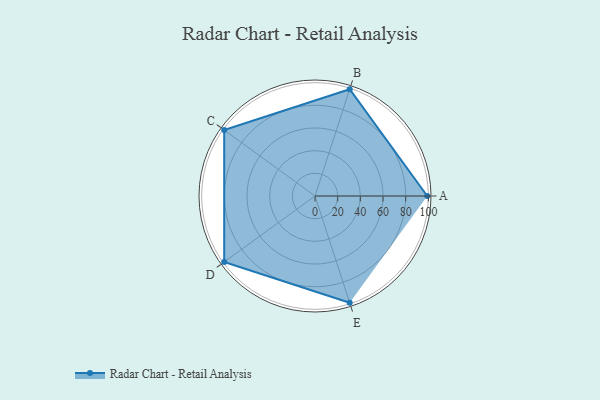
{"axis": {"x": "Skill", "y": "Score"}, "legend": ["Profile"], "data": [{"x": "A", "y": 99, "type": "Profile"}, {"x": "B", "y": 99, "type": "Profile"}, {"x": "C", "y": 99, "type": "Profile"}, {"x": "D", "y": 99, "type": "Profile"}, {"x": "E", "y": 99, "type": "Profile"}]}